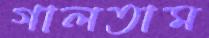
গালতাম